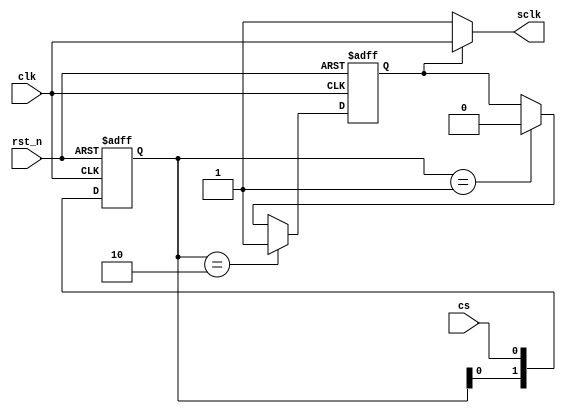
`timescale 1ns/1ns
/*

*/
module clk_en (
    //global clock
    input  clk,
    input  rst_n,

    //user interface
    input  cs,
    output reg sclk 
);

reg clk_en;
reg  [1:0] edges;
wire up_edge = edges == 2'b01;
wire dw_edge = edges == 2'b10;

//key signal 
always  @(posedge clk or negedge rst_n)begin
    if(!rst_n)begin
        edges <= 2'b11;
    end
    else begin
        edges <= {edges[0],cs};
    end
end

always  @(posedge clk or negedge rst_n)begin
    if(!rst_n)begin
        clk_en <= 0;
    end
    else if(dw_edge)begin
        clk_en <= 1;
    end
    else if(up_edge)begin
        clk_en <= 0;
    end

end
always  @(*)begin
    if(clk_en)begin
        sclk <= clk;
    end
    else
        sclk <= 1;
end
    
endmodule